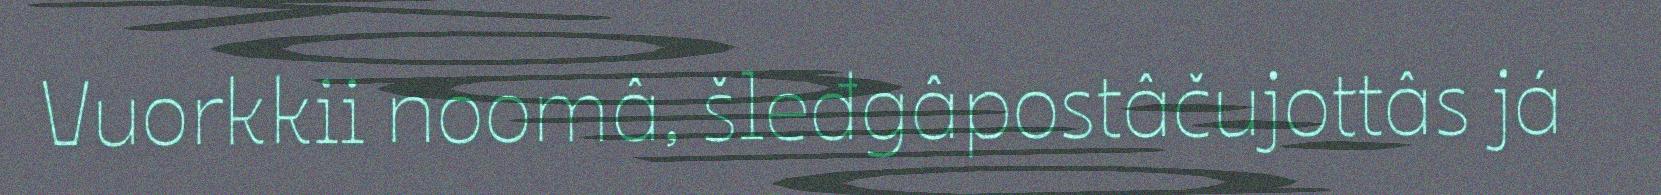
Vuorkkii noomâ, šleđgâpostâčujottâs já